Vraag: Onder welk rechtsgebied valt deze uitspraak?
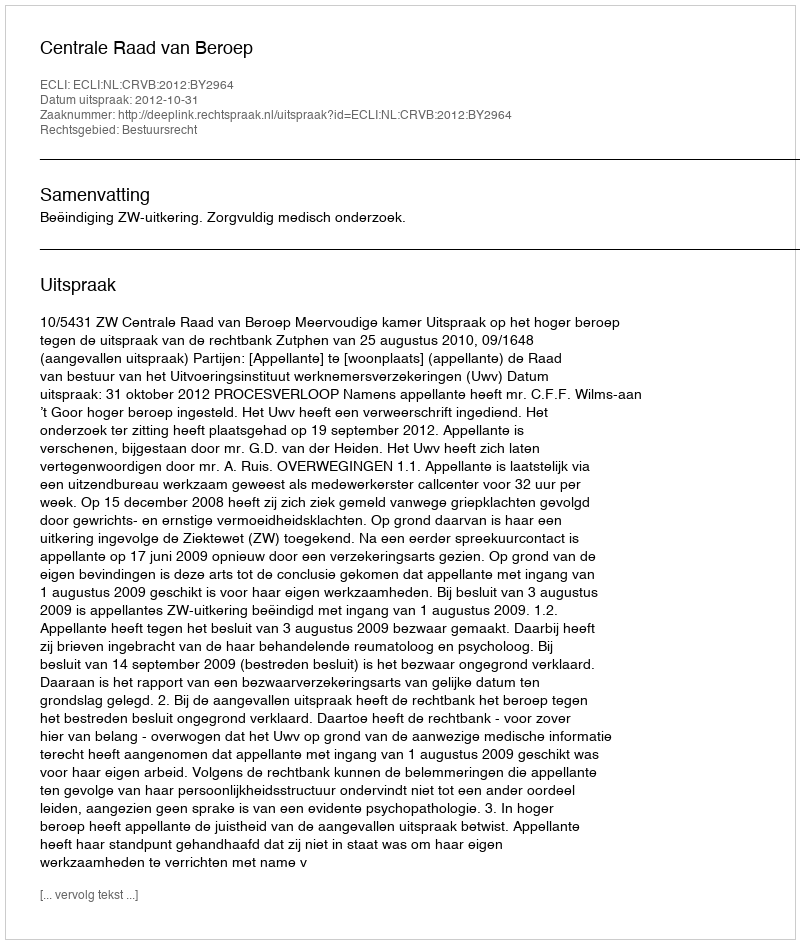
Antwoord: Bestuursrecht